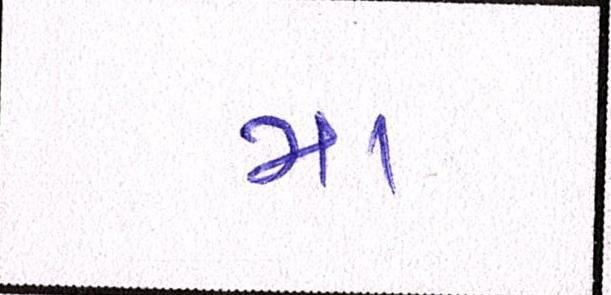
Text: મા